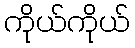
ကိုယ်ကိုယ်